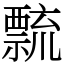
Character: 𥜆